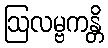
ဩလမ္ဗကန္တိ